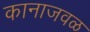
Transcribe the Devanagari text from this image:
कानाजवळ